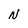
Character: N